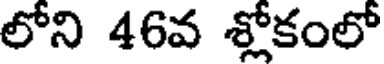
లోని 46వ శ్లోకంలో